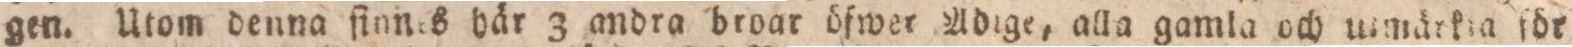
gen. Utom denna ſinnes här 3 andra broar öfwer Adige, alla gamla och utmärkia för